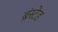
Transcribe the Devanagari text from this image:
ब्रंस्टेड